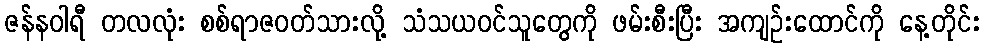
ဇန်နဝါရီ တလလုံး စစ်ရာဇဝတ်သားလို့ သံသယဝင်သူတွေကို ဖမ်းစီးပြီး အကျဉ်းထောင်ကို နေ့တိုင်း